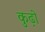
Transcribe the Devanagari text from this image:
कुढ़ो